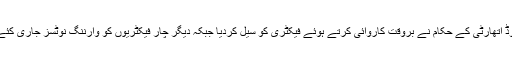
فوڈ اتھارٹی کے حکام نے بروقت کاروائی کرتے ہوئے فیکٹری کو سیل کردیا جبکہ دیگر چار فیکٹریوں کو وارننگ نوٹسز جاری کئے۔